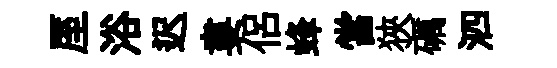
厔浴迟婁侣蜂當狹礪泗